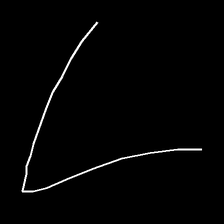
Glyph: region